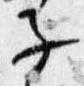
子